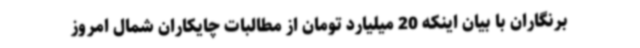
برنگاران با بیان اینکه 20 میلیارد تومان از مطالبات چایکاران شمال امروز